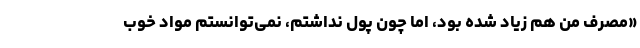
«مصرف من هم زیاد شده بود، اما چون پول نداشتم، نمی‌توانستم مواد خوب